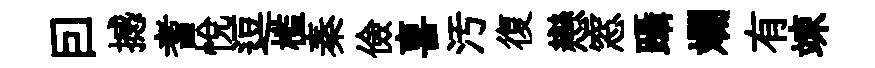
囙撼耆悅逗槛秦儉喜汚復戀窓躡斕有竦